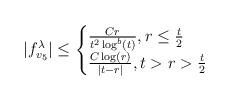
LaTeX: \begin{align*} |f_{v_{5}}^{\lambda}| \leq \begin{cases} \frac{C r}{t^{2} \log^{b}(t)}, r \leq \frac{t}{2}\\\frac{C\log(r)}{|t-r|}, t > r > \frac{t}{2}\end{cases}\end{align*}